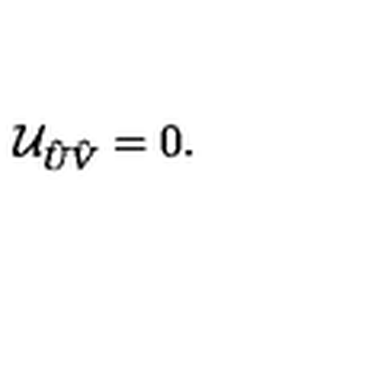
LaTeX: { \cal U } _ { \hat { U } \hat { V } } = 0 .